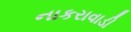
નાકરાવાડી